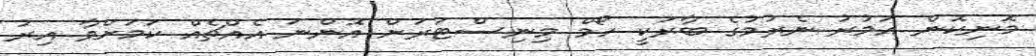
މޮނިކޮން އަމުރު ނެރުމުގެ ބާރަކީ ހޯމް މިނިސްޓަރަށް އޮންނަ އެއްޗެއް ކަމަށްވާ އިރު